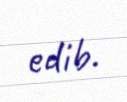
edib.